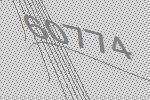
60774